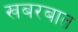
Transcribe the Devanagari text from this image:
खबरबात